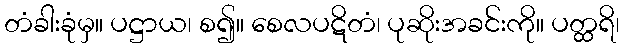
တံခါးခုံမှ။ ပဋ္ဌာယ၊ စ၍။ စေလပဋိတံ၊ ပုဆိုးအခင်းကို။ ပတ္ထရိ၊